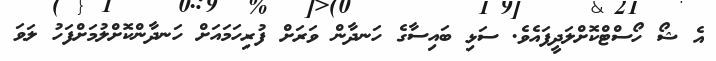
އެ ޝޯ ހޯސްޓްކޮށްލަދީފައެވެ. ސަޅި ބައިސާގެ ހަނދާން ވަރަށް ފުރިހަމައަށް ހަނދާންކޮށްލުމަށްފަހު ލަވަ